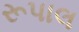
રૂપાલ